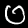
Label: 0